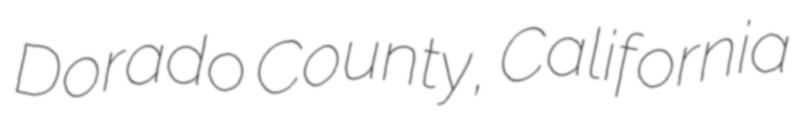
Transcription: Dorado County, California